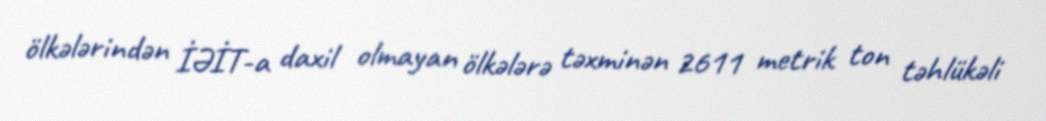
ölkələrindən İƏİT-a daxil olmayan ölkələrə təxminən 2611 metrik ton təhlükəli